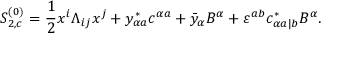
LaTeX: S _ { 2 , c } ^ { ( 0 ) } = { \frac { 1 } { 2 } } x ^ { i } \Lambda _ { i j } x ^ { j } + y _ { \alpha a } ^ { * } c ^ { \alpha a } + \bar { y } _ { \alpha } B ^ { \alpha } + \varepsilon ^ { a b } c _ { \alpha a | b } ^ { * } B ^ { \alpha } .